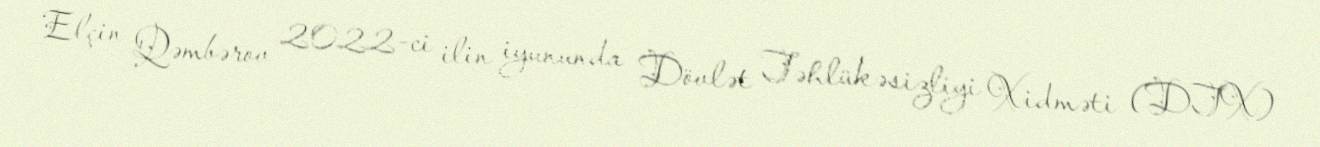
Elçin Qəmbərov 2022-ci ilin iyununda Dövlət Təhlükəsizliyi Xidməti (DTX)